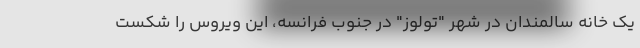
یک خانه سالمندان در شهر "تولوز" در جنوب فرانسه، این ویروس را شکست